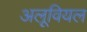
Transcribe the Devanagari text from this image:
अलूवियल